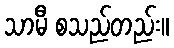
သာမီ စသည်တည်း။